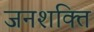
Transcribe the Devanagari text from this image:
जनशक्‍ति